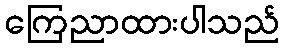
ကြေညာထားပါသည်